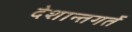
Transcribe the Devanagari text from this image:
देशान्तगर्ते